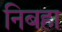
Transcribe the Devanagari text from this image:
निबहा